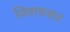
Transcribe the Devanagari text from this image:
विशषकर